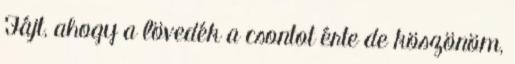
Fájt, ahogy a lövedék a csontot érte de köszönöm,